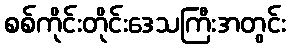
စစ်ကိုင်းတိုင်းဒေသကြီးအတွင်း